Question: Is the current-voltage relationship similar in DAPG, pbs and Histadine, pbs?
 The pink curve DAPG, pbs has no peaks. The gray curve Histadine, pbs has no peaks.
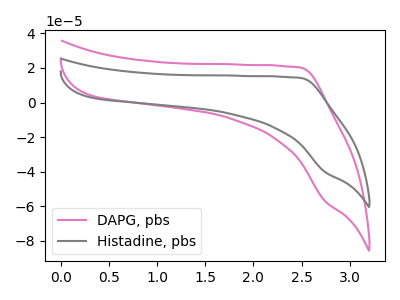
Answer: <think>Neither "DAPG, pbs" or "Histadine, pbs" have any peaks.
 </think>
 <answer>"DAPG, pbs" and "Histadine, pbs" are similar in shape.</answer>
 <eval>same_shape</eval>